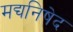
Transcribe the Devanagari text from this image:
मद्यनिषेद